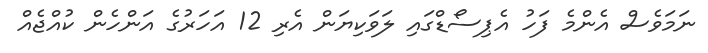
ނަމަވެސް އެންމެ ފަހު އެޕިސޯޑްގައި ލަވަކިޔަން އެރި 12 އަހަރުގެ އަންހެން ކުއްޖެއް